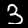
Digit: 3